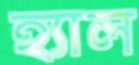
হ্যাল